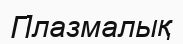
Плазмалық